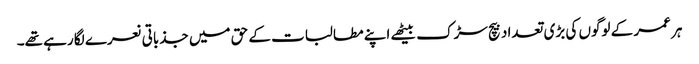
ہر عمر کے لوگوں کی بڑی تعداد بیچ سڑک بیٹھے اپنے مطالبات کے حق میں جذباتی نعرے لگا رہے تھے۔